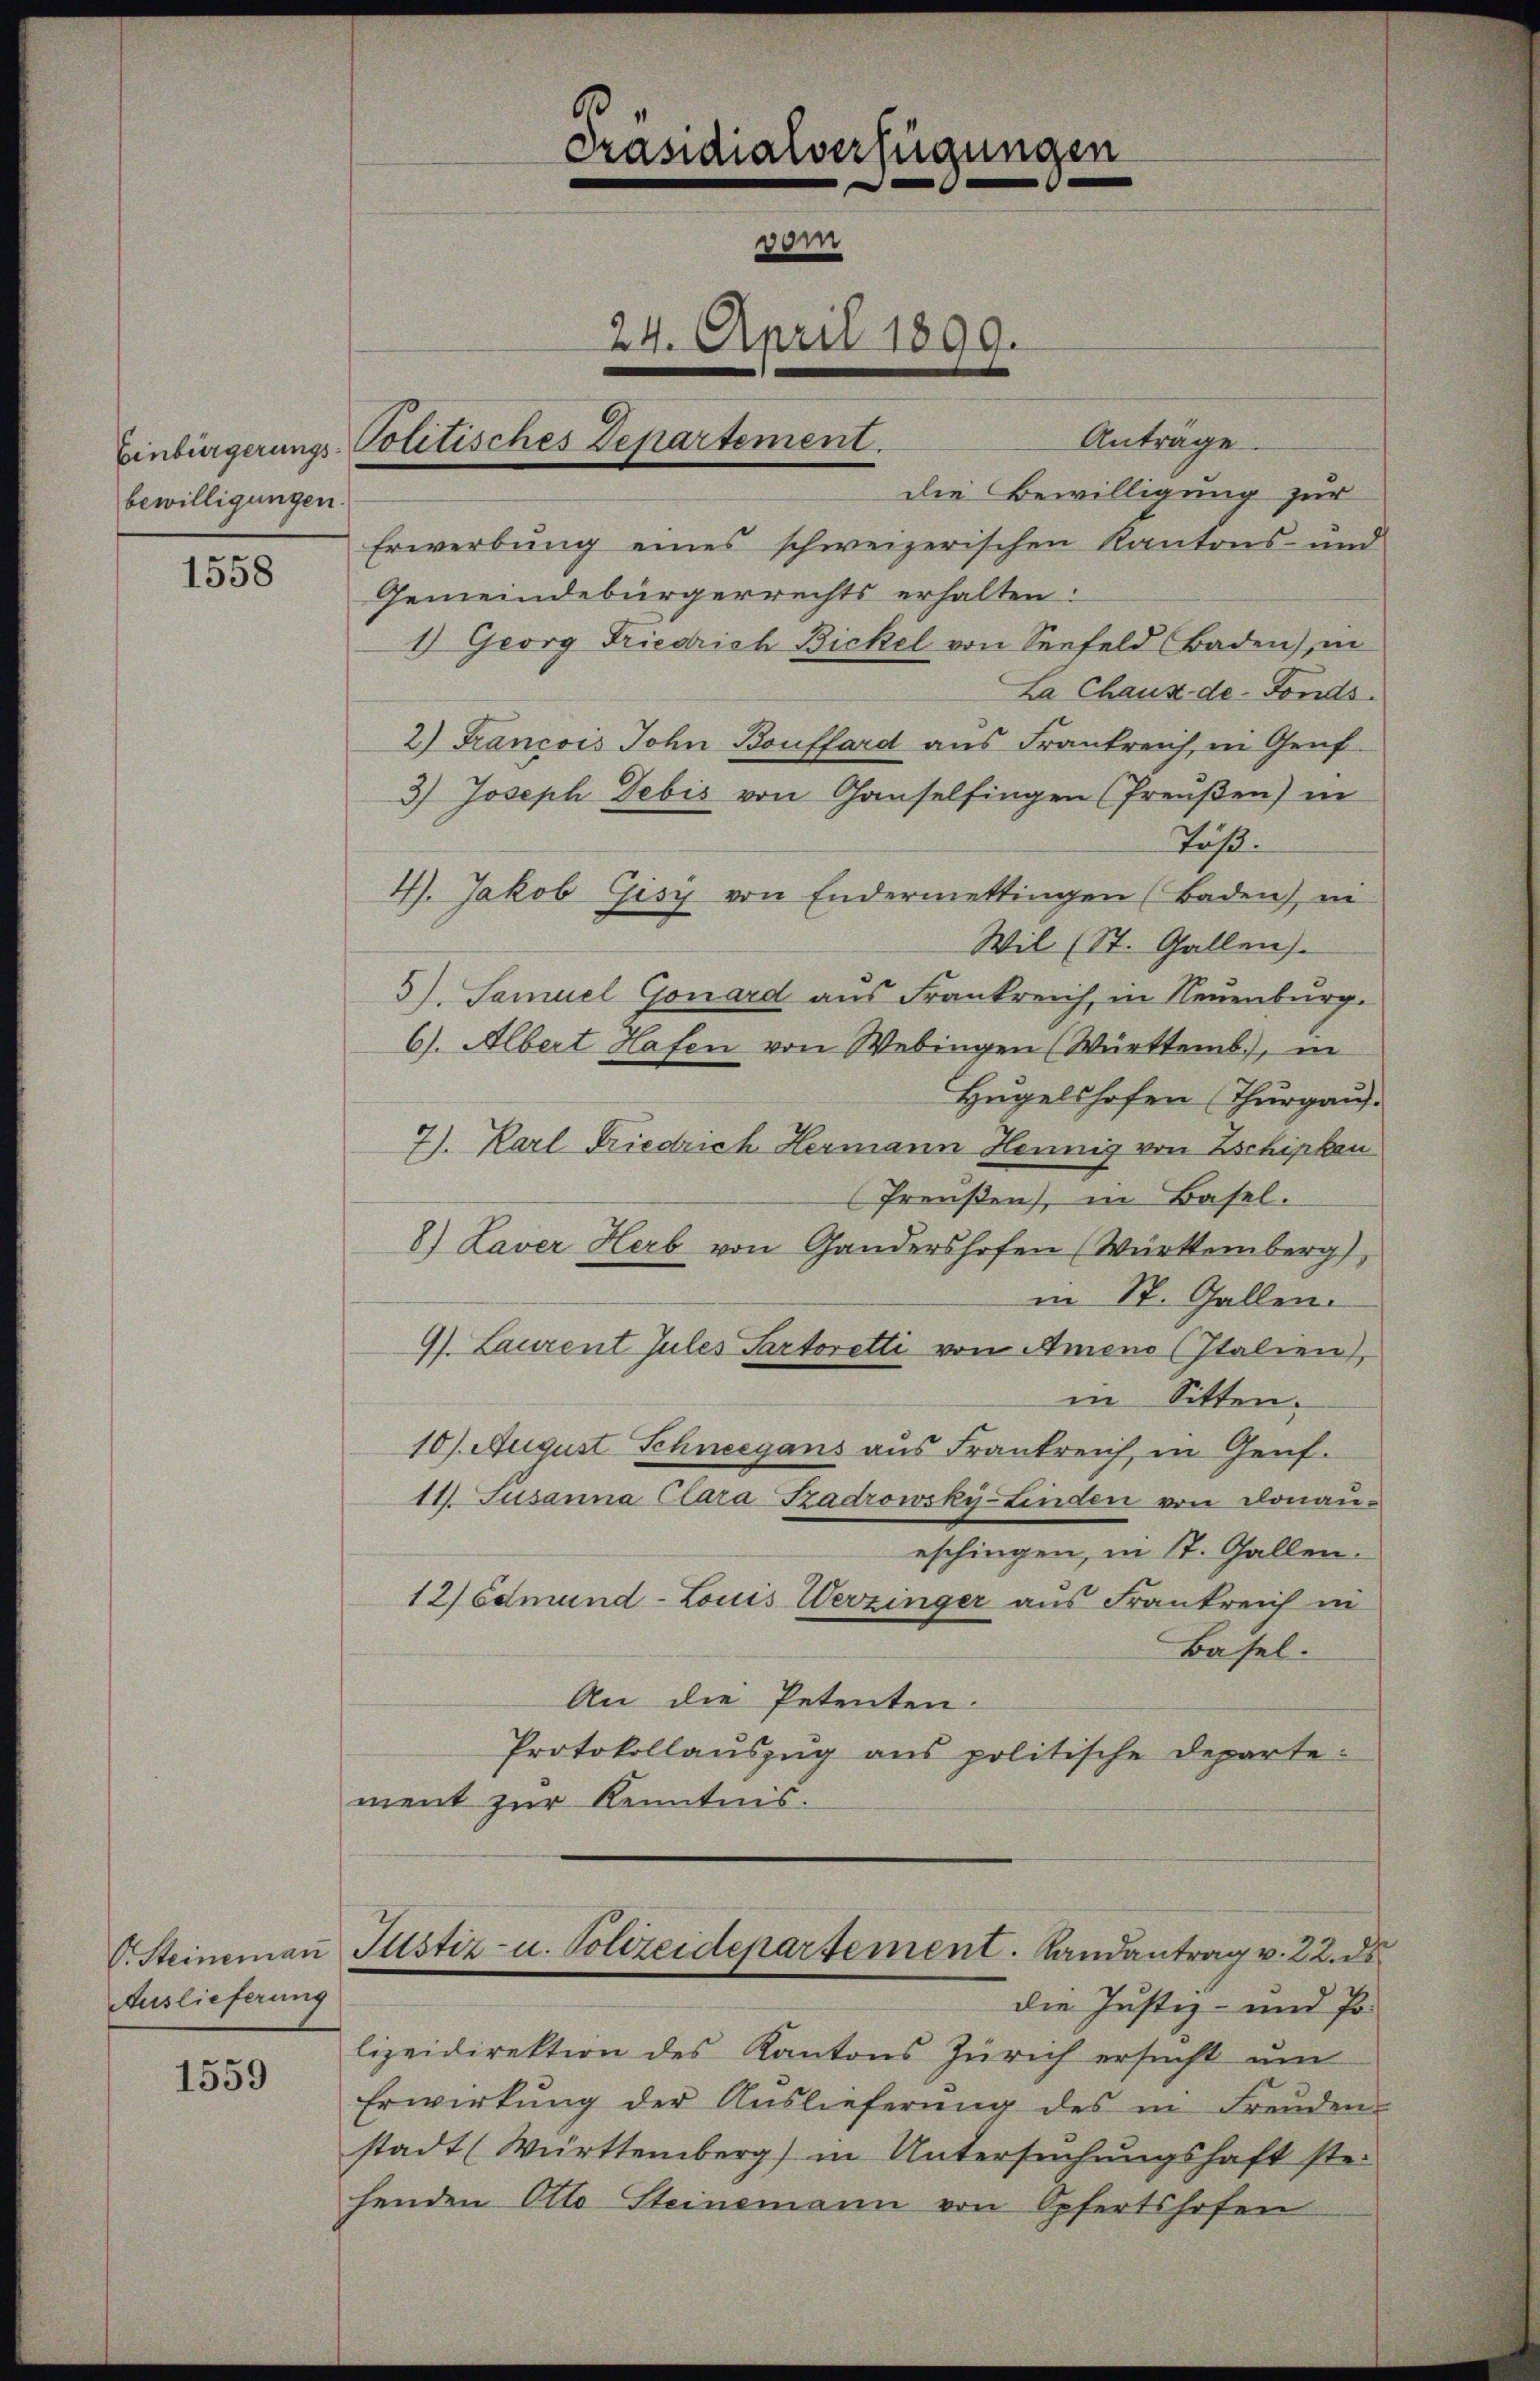
bewilligungen.

1558

C. Steineman
Auslieferung

1559

Präsidialverfügungen
vom
24. April 1899.
Einbürgerungs-Politisches Departement.

Anträge.
die Bewilligung zur
Erwerbung eines schweizerischen Kantons- und
Gemeindebürgerrechts erhalten:
1) Georg Friedrich Bickel von Seefeld Baden), in
La Chaux-de-Fonds.
2) Francois John Bouffard aus Frankreich, in Genf.
3) Joseph Debis von Chauselfingen (Preußen) in
Tuhl.
4). Jakob Gisi von Endermettingen (Baden), ei
Wil (St. Gallen.
5). Samuel Gonard aus Frankreich, in Neuenburg.
6). Albert Hafen von Webingen (Württemb.), in
Hugelshofen (Thurgaus.
7). Karl Friedrich Hermann Hennig von Eschipken
Preußen, in Basel.
8.) Laver Herb von Gandershofen (Würtemberg,
in St. Gallen.
97. Laurent Jules Partoretti von Ameno (Italien),
in Sitten.
10). August Schneegens aus Frankreich, in Genf.
14. Jusanna Clara Szadrowsky-Linden von Donau-
eschingen, in St. Gallen.
12) Edmund- Louis Werzinger aus Frankreich in
Basel.
An die Petenten.
Protokollauszug aus politische Departement zur Kenntnis.
Justiz- u. Polizeidepartement. Landantrag v. 22. ds
die Justiz- und Polizeidirektion des Kantons Zürich ersucht um
Erwirkŭng der Auslieferŭng des in Freuden-
stadt (Württemberg) in Untersŭchŭngshaft ste-
henden Otto Steinemann von Opfertshofen